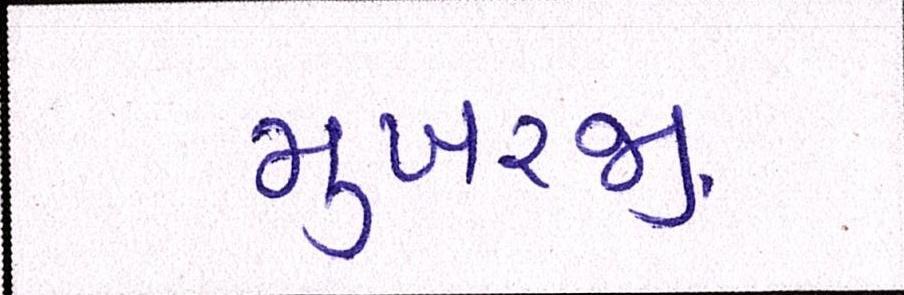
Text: મુખરજી